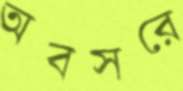
অবসরে